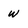
Character: w